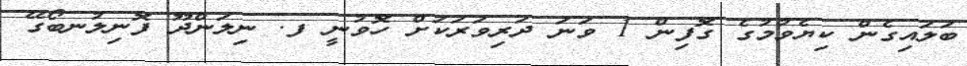
ބަލައިގެން ކިޔެވުމުގެ ގޮފިން 1 ވަނަ ދަރިވަރަކަށް ހޮވުނީ ފ. ނިލަންދޫ ފޮނިލުނބޯގޭ